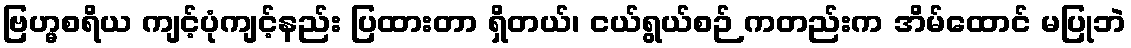
ဗြဟ္မစရိယ ကျင့်ပုံကျင့်နည်း ပြထားတာ ရှိတယ်၊ ငယ်ရွယ်စဉ် ကတည်းက အိမ်ထောင် မပြုဘဲ